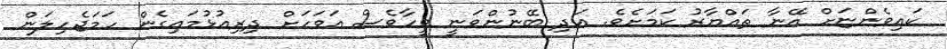
ކައިވެންޏަށް އޭނާ ތައްޔާރު ކަމަށެވެ. އަދި ބޭނުންވަނީ ވީހާވެސް އަވަހަށް ދިރިއުޅުމައިގެން ހަމަޖެހިލަން